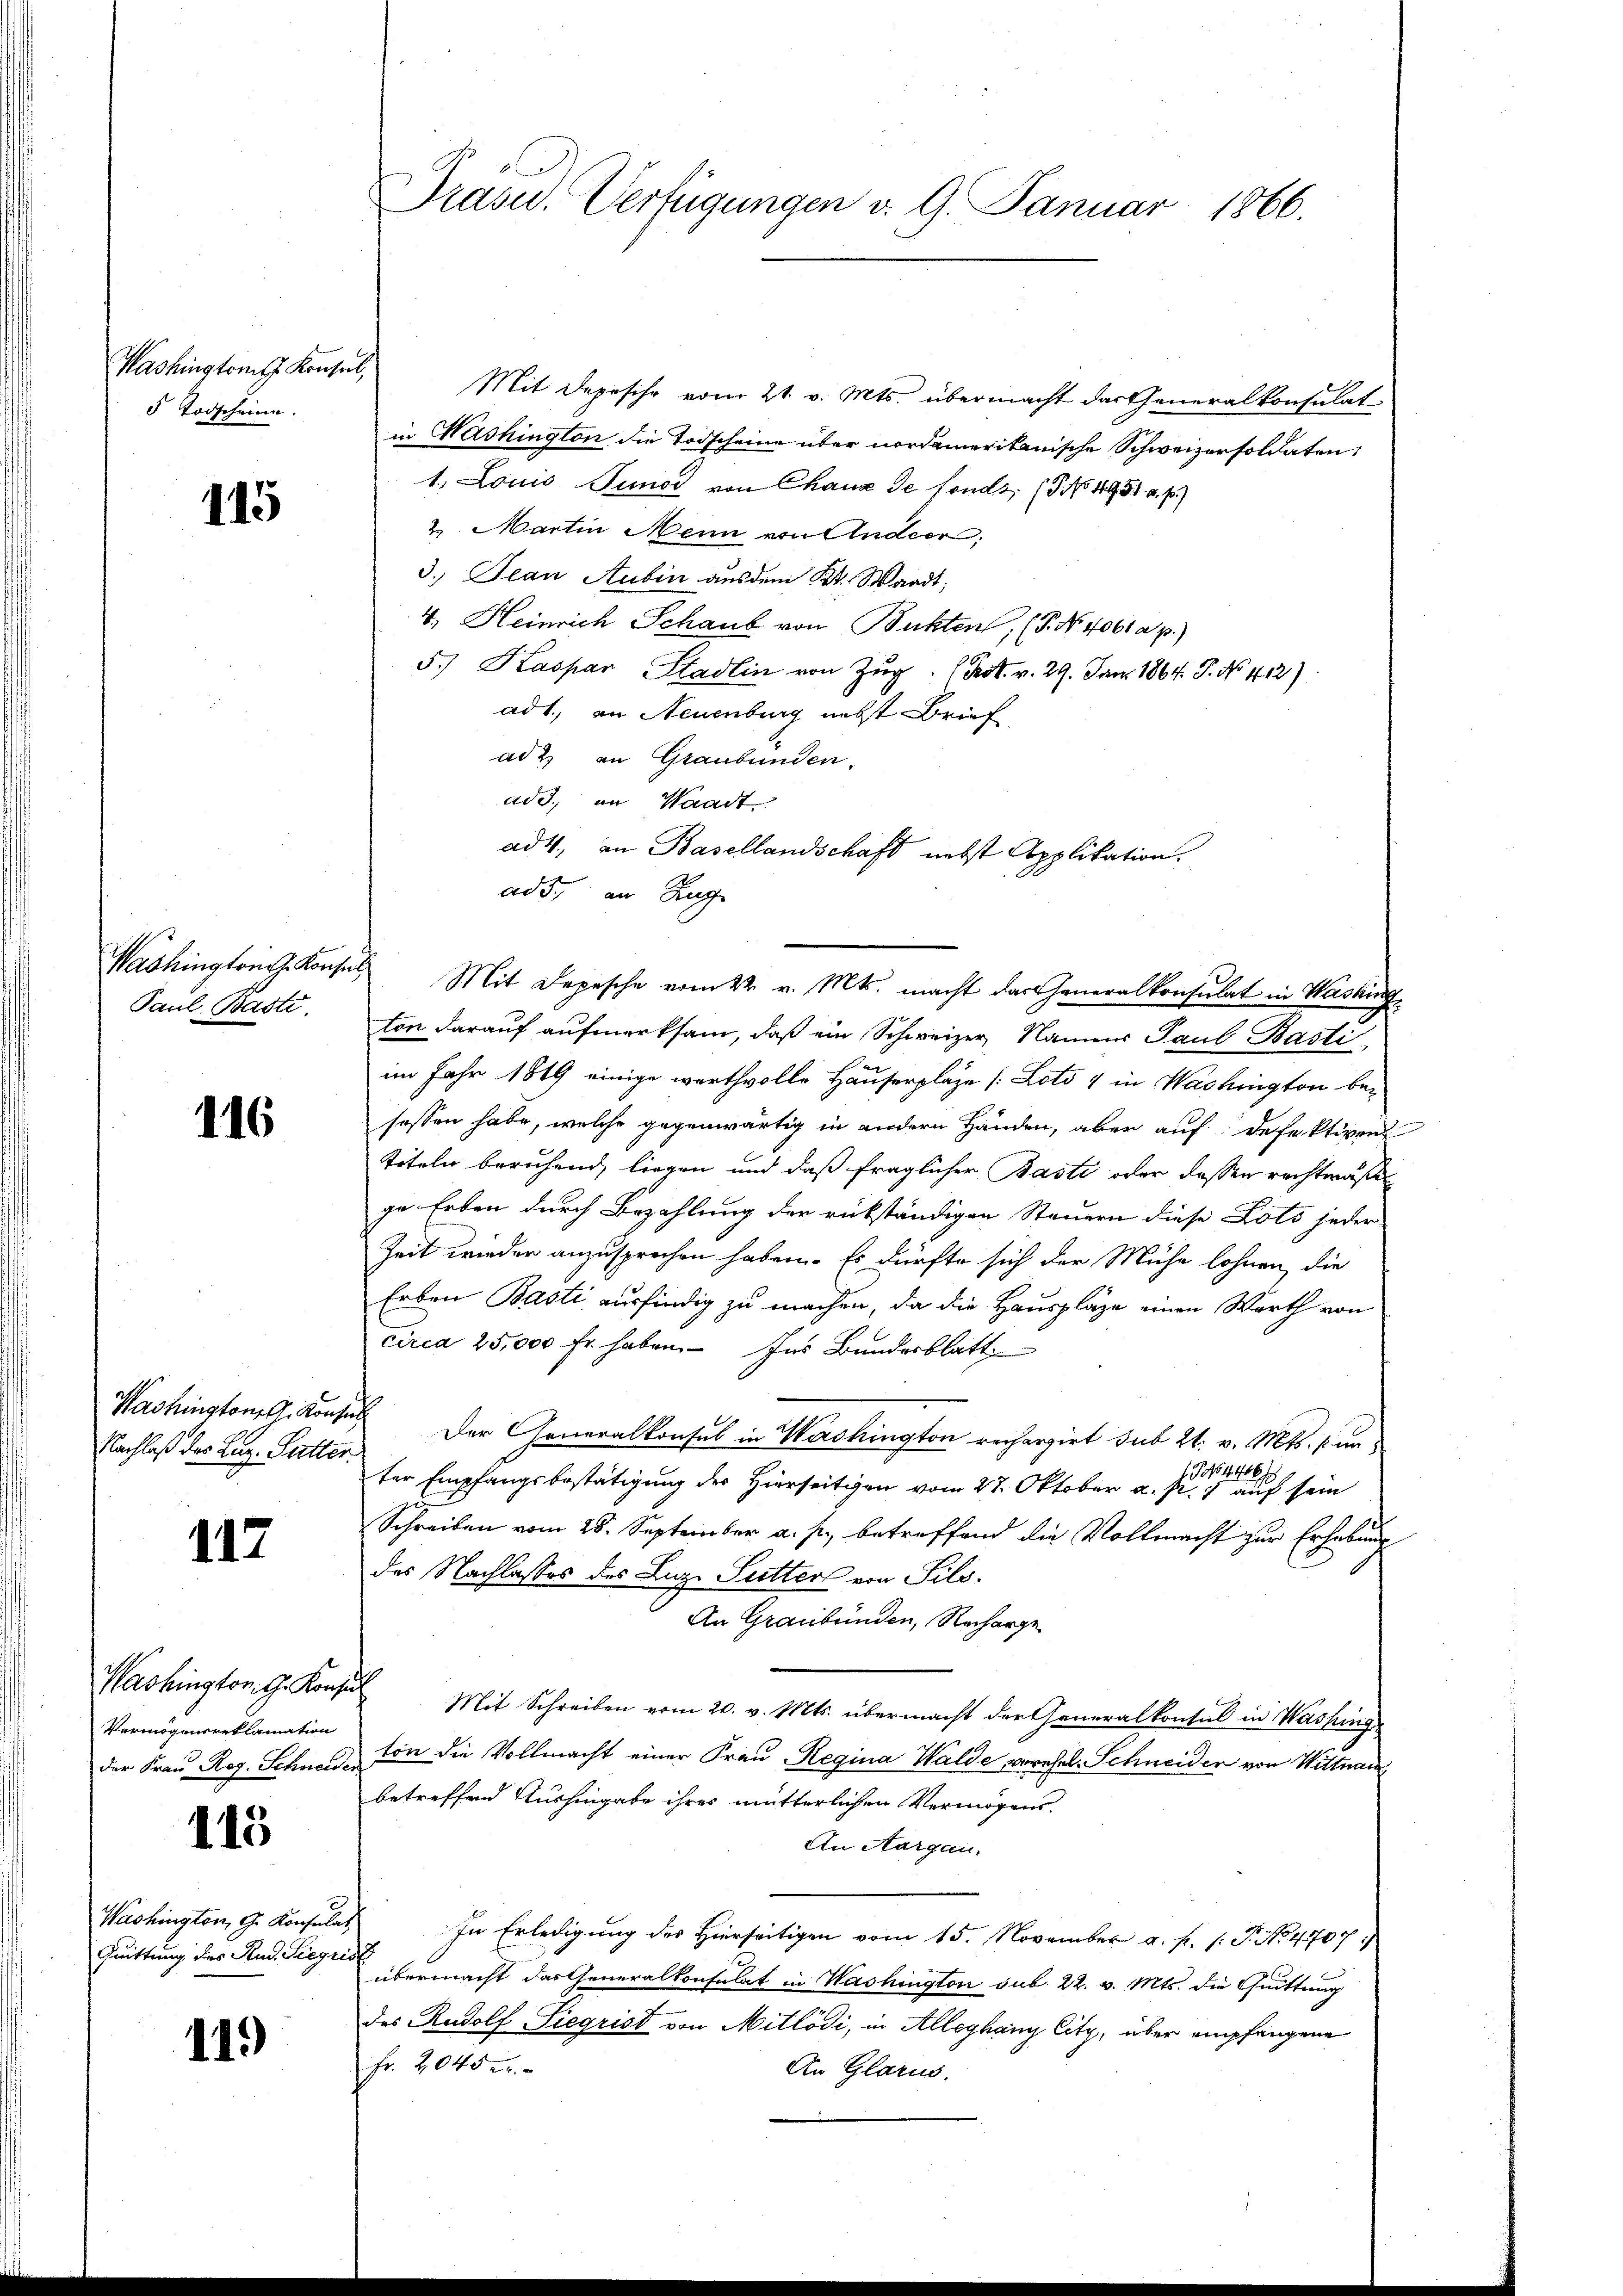
Washington J. Konsul,
5 Todscheine

115

Paul, Basti.

116

Washington Konsen
Nachlaß des Laz- Putter.

117

Washington G. Konse
Vermögensreklamation
der Frau Reg. Schneider

115

Washington, G. Konsulat
Quittung des Stud. Siegri

11.)

Drasu. Verfügungen v. 9. Januar 1866.

Mit Depesche vom 21. v. Mts. übermacht das Generalkonsulat
in Washington die Todscheine über nordamerikanische Schweizersoldaten,
1. Louis Punct von Chaux de findt, 19. No. 1951 a. p.)
2 Martin Mein von Andern,
3.) Jean Rubin aus dem Kt. Waadt,
4. Heinrich Schaub von Butten, (P. No. 4061 a. p.)
5.) Kaspar Stadlin von Zŭg. (Kot. v. 29. Jan. 1864. P. No. 412).
ad 1., an Neuenburg nebst Brief
ad 2, an Graubünden.
ade, in Waadt.
ad 4. an Basellandschaft nebst Applikation.
add., an Zug
Washingte Konses Mit Depesche vom 22. v. Mts. macht das Generalkonsulat in Washing
ton darauf aufmerksam, daß ein Schweizer, Name Paul Basti
im Jahr 1849 einige werthvolle Hauserplaze [Loto 4 in Washington be-
sassen habe, welche gegenwärtig in andern Händen, aber auf defektiven
titeln beruhend, liegen und daß fraglicher Basti oder dassen rechtmäße
ge Erben durch Bezahlung der rükständigen Steuern diese Lots jeder
Zeit wieder anzusprechen haben. Es dürfte sich der Mühe lohnen, die
Erben Basti ausfindig zu machen, da die Hauspläge einen Werth von
circa 25,000 Fr. haben. Ins Bundesblatt
 Der Generalkonsul in Wershington rechargirt sub 21. v. Mts. sun¬
1. 146 f
1040.
ter Empfangsbestätigung des Hierseitigen vom 27. Oktober a. p. 1 auf sein
Schreiben vom 28. September a. p., betreffend die Vollmacht zur Erhebung
des Nachlasses des Luz Sutters von Silv.
An Graubünden, Recharge
¬
Mit Schreiben vom 20. v. Mts. übermacht der Generalkonsul in Washing
ton die Vollmacht einer Frau Regina Walde vorehel. Schneider von Wittwar
betreffend Aushingabe ihres mütterlichen Vermögens.
An Aargau.
 In Erledigung des Hierseitigen vom 15. November a. f. 1. P. Nr. 41707)
it
übermacht das Generalkonsulat in Washington sub. 22. v. Mts. die Quittung
des Rudolf Siegrist von Mitlödi, in Alleghany City, über empfangene
Fr. 2040 er
An Glarus,